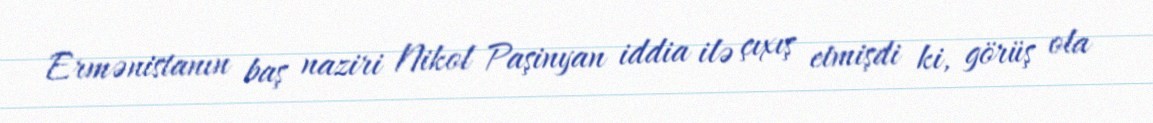
Ermənistanın baş naziri Nikol Paşinyan iddia ilə çıxış etmişdi ki, görüş ola